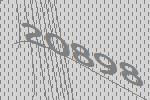
20898